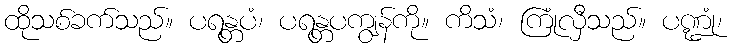
ထိုသစ်ခက်သည်။ ပရန္တပံ၊ ပရန္တပကျွန်ကို။ ကိသံ၊ ကြုံလှီသည်။ ပဏ္ဍုံ၊